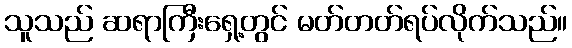
သူသည် ဆရာကြီးရှေ့တွင် မတ်တတ်ရပ်လိုက်သည်။